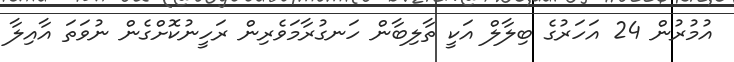
އުމުރުން 24 އަހަރުގެ ބިލާލް އަކީ ތާލިބާން ހަނގުރާމަވެރިން ރަހީނުކޮށްގެން ނުވަތަ އާއިލާ